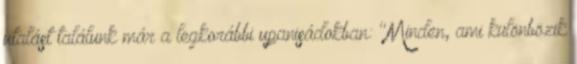
utalást találunk már a legkorábbi upanisádokban: "Minden, ami különbözik